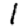
Digit: 1